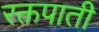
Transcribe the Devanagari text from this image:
रक्तपाती